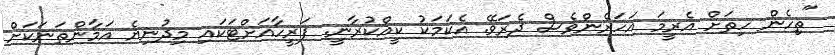
"ތިހެން ހިތަށް އެރީމަ އަހަރެންވެސް ދެރަވޭ. އެކަމަކު ކީއްކުރާނީ. ފަރީހާއަށްޓަކައި މިދުނިޔެ އަމާންތަނަކަށް